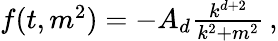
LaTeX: \begin{array}{r}{f(t,m^{2})=-A_{d}\frac{k^{d+2}}{k^{2}+m^{2}}\, ,}\end{array}